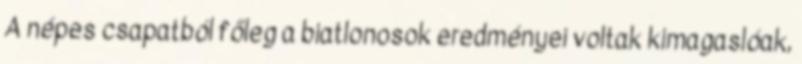
A népes csapatból főleg a biatlonosok eredményei voltak kimagaslóak,